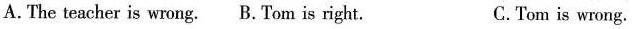
A.The teacher is wrong. B.Tom is right. C.Tom is wrong.